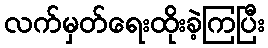
လက်မှတ်ရေးထိုးခဲ့ကြပြီး